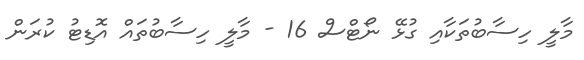
މާލީ ހިސާބުތަކާއި ގުޅޭ ނޯޓްސް 16 - މާލީ ހިސާބުތައް އޮޑިޓު ކުރަން